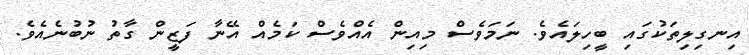
އިނގިލިތަކުގައި ބީހިލައެވެ. ނަމަވެސް މިއިން އެއްވެސް ކަމެއް އޭނާ ފަޒީން ގާތު ނުބުނެއެވެ.